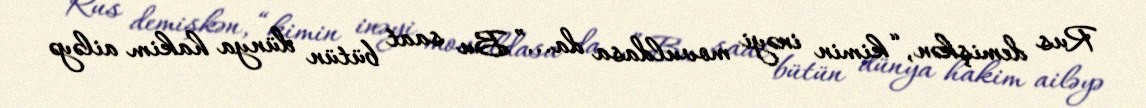
Rus demişkən, “kimin inəyi movuldasa da...” Bu saat bütün dünya hakim ailəyə